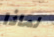
لماذا